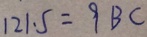
1 2 1 . 5 = 9 B C